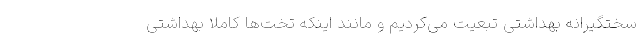
سختگیرانه بهداشتی تبعیت می‌کردیم و مانند اینکه تخت‌ها کاملا بهداشتی